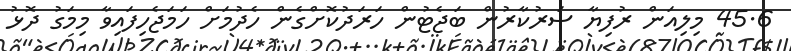
45.6 މިލިއަން ރުފިޔާ ސަރުކާރުން ބަޖެޓުން ހަރަދުކޮށްގެން ހެދުމަށް ހަމަޖެހިފައިވާ މިމަގު ދޮޅު